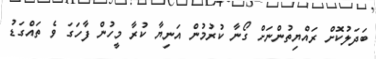
ބަދަލުކޮށް ރައްޔިތުންނަށް ގޯނާ ކުރުމުން އަނިޔާ ކުރާ މީހުން ފާހަގަ ވެ ތައްގަޑު